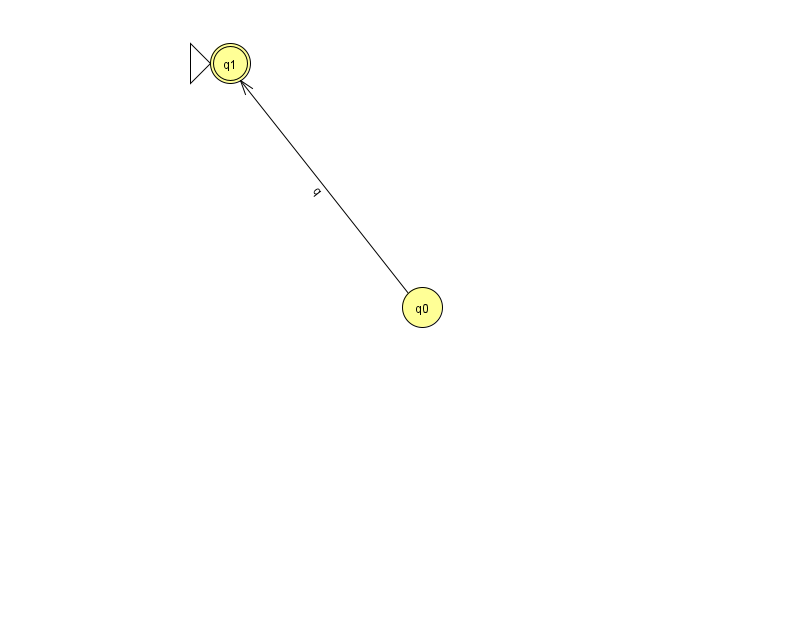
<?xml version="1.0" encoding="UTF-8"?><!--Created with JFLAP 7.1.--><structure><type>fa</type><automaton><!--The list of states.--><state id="0" name="q0"><x>422.0</x><y>294.0</y></state><state id="1" name="q1"><x>230.0</x><y>50.0</y><initial/><final/></state><!--The list of transitions.--><transition><from>0</from><to>1</to><read>q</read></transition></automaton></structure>